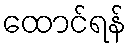
ထောင်ရန်